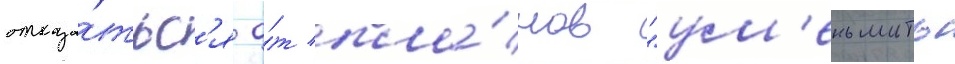
отказа́тьс'я о́т пла́нов "ум'еньшить